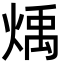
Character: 𪹋